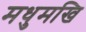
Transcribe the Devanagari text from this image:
मधुमखि